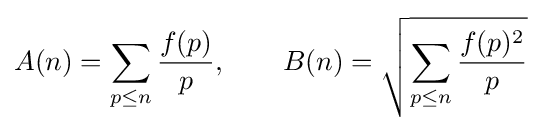
A(n)=\sum _{p\leq n}{\frac {f(p)}{p}},\qquad B(n)={\sqrt {\sum _{p\leq n}{\frac {f(p)^{2}}{p}}}}